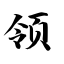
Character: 领